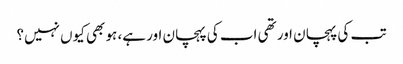
تب کی پہچان اور تھی اب کی پہچان اور ہے، ہو بھی کیوں نہیں؟